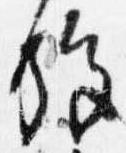
施